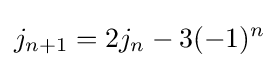
j_{n+1}=2j_{n}-3(-1)^{n}